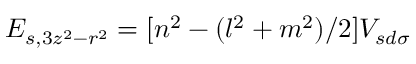
E _ { s , 3 z ^ { 2 } - r ^ { 2 } } = [ n ^ { 2 } - ( l ^ { 2 } + m ^ { 2 } ) / 2 ] V _ { s d \sigma }